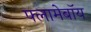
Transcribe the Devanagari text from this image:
फ्लामेबॉय